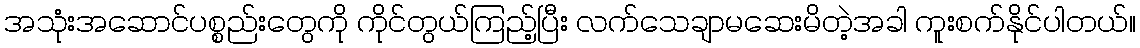
အသုံးအဆောင်ပစ္စည်းတွေကို ကိုင်တွယ်ကြည့်ပြီး လက်သေချာမဆေးမိတဲ့အခါ ကူးစက်နိုင်ပါတယ်။